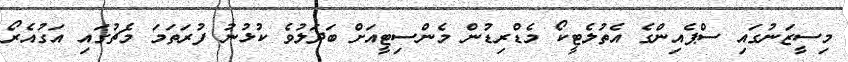
މިސީޒަނުގައި ސްޕެއިންގެ އެތުލެޓީކޯ މެޑްރިޑުން މެންސިޓީއަށް ބަދަލުވެ ކުޅުނު ފުރަތަމަ މެޗުގައި އަގުއެރޯ